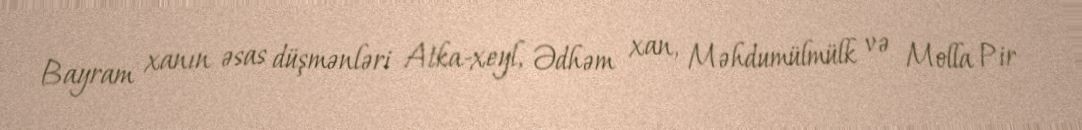
Bayram xanın əsas düşmənləri Atka-xeyl, Ədhəm xan, Məhdumülmülk və Molla Pir